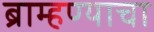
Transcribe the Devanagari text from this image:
ब्राम्हण्याचा